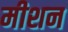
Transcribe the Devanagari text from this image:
मीशन